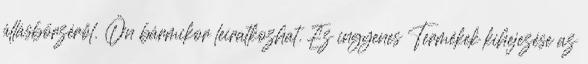
állásbörzéről. Ön bármikor leiratkozhat. Ez ingyenes Termékek kihejezése az